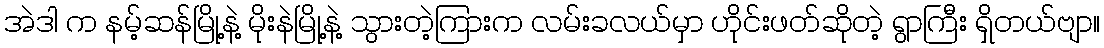
အဲဒါ က နမ့်ဆန်မြို့နဲ့ မိုးနဲမြို့နဲ့ သွားတဲ့ကြားက လမ်းခလယ်မှာ ဟိုင်းဖတ်ဆိုတဲ့ ရွာကြီး ရှိတယ်ဗျာ။